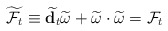
\begin{align*}\widetilde{{\cal F}_t} \equiv \widetilde{{\bf d}_t}\widetilde{\omega} +\widetilde{\omega} \cdot\widetilde{\omega} = {\cal F}_t \end{align*}